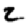
Digit: 2